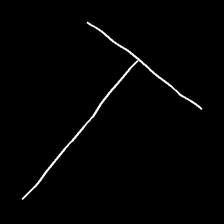
Glyph: column